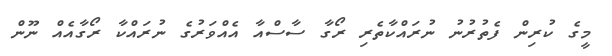
މީގެ ކުރިން ފެތުރުނު ނުރައްކާތެރި ރޯގާ ސާސްއާ އެއްވަރުގެ ނުރައްކާ ރޯގާއެއް ނޫން